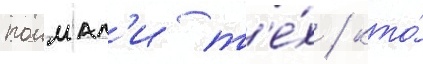
поимал'и т'е́х / кто́